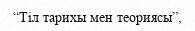
“Тіл тарихы мен теориясы”,